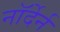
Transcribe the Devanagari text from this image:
नॉर्देर्न